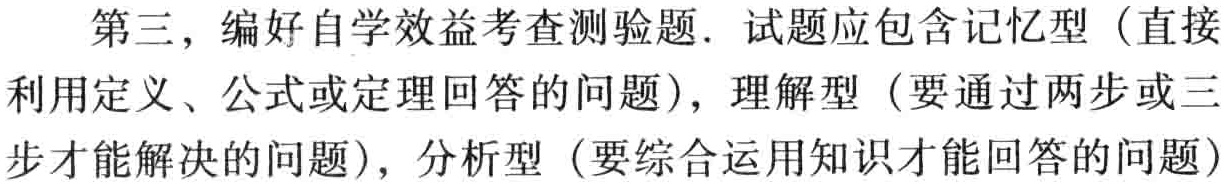
第三，编好自学效益考查测验题. 试题应包含记忆型（直接
利用定义、公式或定理回答的问题），理解型（要通过两步或三
步才能解决的问题），分析型（要综合运用知识才能回答的问题）